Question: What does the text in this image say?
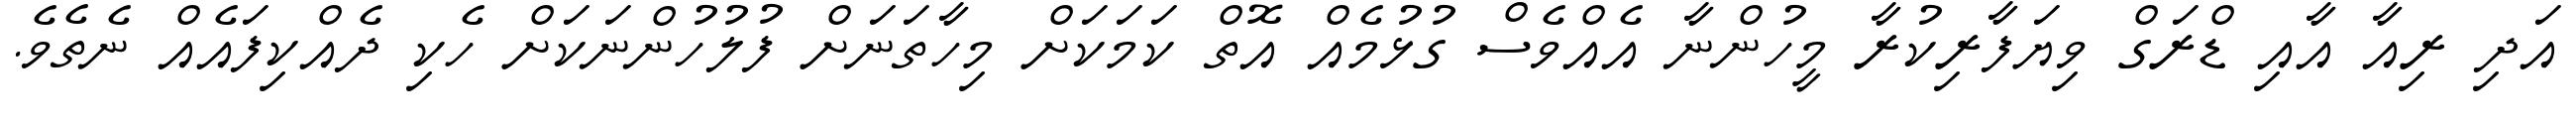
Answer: އަދި ރިއާ އާއި ޑްރަގް ވިޔަފާރިކުރާ މީހުންނާ އެއްވެސް ގުޅުމެއް އޮތް ކަމަކަށް މިހާތަނަށް ފުލުހުންނަކަށް ހެކި ދެއްކިފައެއް ނެތެވެ.